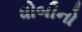
ધોબીનો